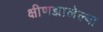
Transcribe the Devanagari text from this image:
क्षीणझालेल्या